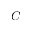
C